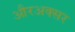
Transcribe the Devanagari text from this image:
औरअक्सर